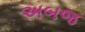
અબજ